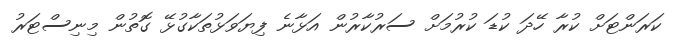
ކަރަންޓަށް ކުރާ ހޭދަ ކުޑަ ކުރުމަށް ސަރުކާރުން އަޅާނެ ފިޔަވަޅުތަކާގުޅޭ ގޮތުން މިނިސްޓަރު